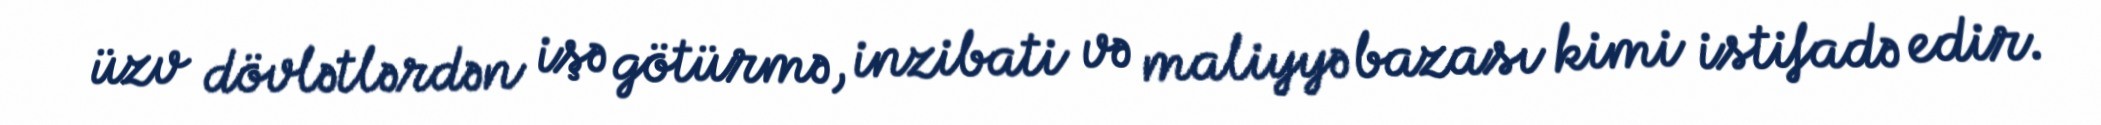
üzv dövlətlərdən işə götürmə, inzibati və maliyyə bazası kimi istifadə edir.